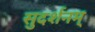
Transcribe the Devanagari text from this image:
सुदर्शनम्